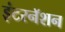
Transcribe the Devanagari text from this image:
इंटरनॅशन